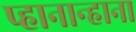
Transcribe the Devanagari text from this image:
प्हानान्हाना